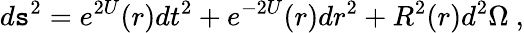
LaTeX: d\mathtt{s}^{2}=e^{2U}(r)dt^{2}+e^{-2U}(r)dr^{2}+R^{2}(r)d^{2}\Omega\ ,